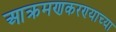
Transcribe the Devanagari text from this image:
आक्रमणकरण्याच्या